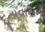
દૂતાવાસનો